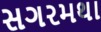
સગરમથા